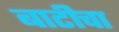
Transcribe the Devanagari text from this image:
बाटीचा